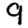
Digit: 9